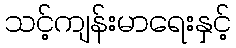
သင့်ကျန်းမာရေးနှင့်